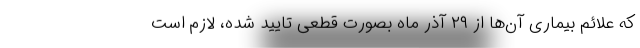
که علائم بیماری آن‌ها از ۲۹ آذر ماه بصورت قطعی تایید شده، لازم است